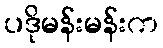
ပဒိုမန်းမန်းက